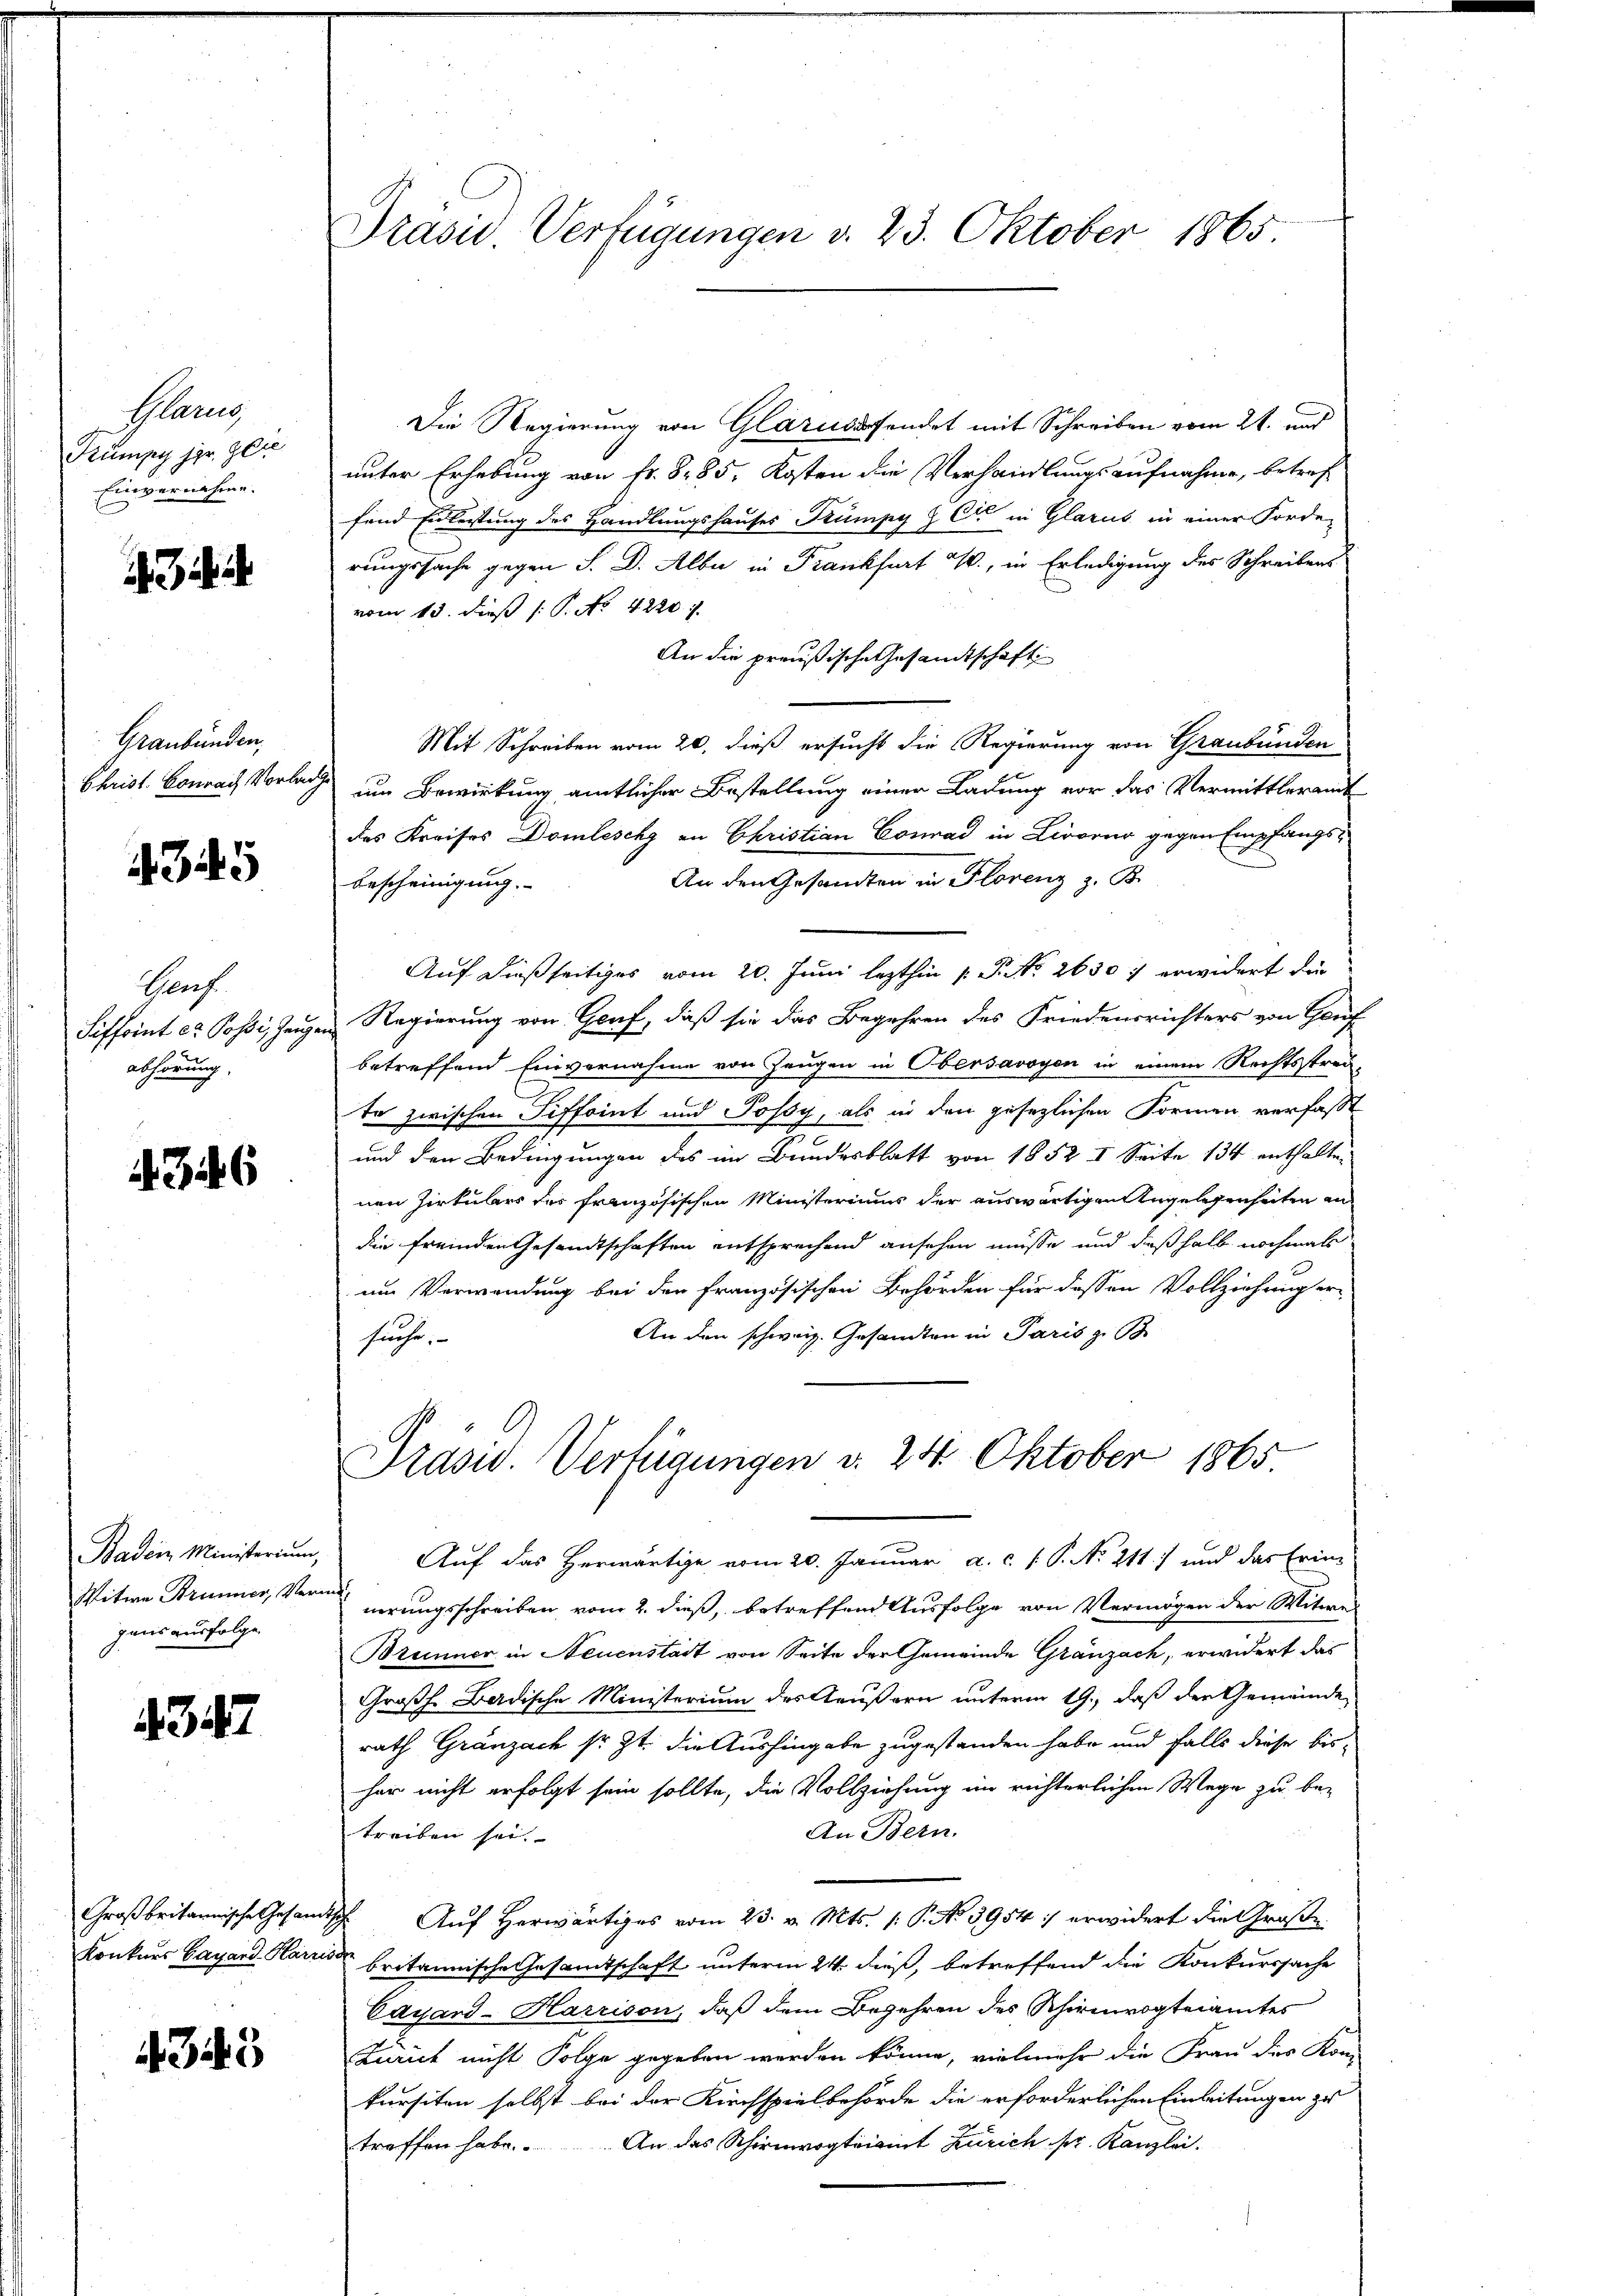
Blarg
Kumpy her. Glie
Einvernehme.

Graubünden,
Christ. Conrad Vorlad

4345

Genf.
Siffoint er Possi, Zeuge
abhörung.

4346

Badein Ministerium,
gans ausfolge

4347

Konkurs Cagand Harzn

4345

Präsid. Verfügungen d. 23. Oktober 1865

Die Regierung von Glarusendet mit Schreiben vom 21. und
unter Erhebung von fr. 885. Kosten die Verhandlungsaufnahme, betref
fend Erleistung des Handlungshauses Trümpy & Cie in Glarus in einer Forderungssache gegen S. D. Alber in Frankfurt W., in Erledigung des Schreibens
vom 15. dieß P. Nr. 4220.
An die preußische Gesandtschaft
Mit Schreiben vom 20. dieß ersucht die Regierung von Graubünden
um Bewirkung amtlicher Bestellung einer Ladung vor das Vermittleramt
des Kreises Domleschy an Christian Conrad in Livorno gegen Empfangs-
An den Gesandten in Florenz z. B.
bescheinigung.
Auf dießseitiges vom 20. Juni lezthin 1 S. 2630 f erwidert die
Regierung von Genf, daß sie das Begehren des Friedensrichters von Gruf
betreffend Einvernahme von Zeugen in Obersavoyen in einem Rechtsstrau-
te zwischen Siffoint und Possy, als in den gesezlichen Formen verfasst
und den Bedingungen des im Bundesblatt von 1852 t Seite 134 enthalten
nen Zirkulars der französischen Ministeriums der auswärtigen Angelegenheiten an
die fremden Gesandtschaften entsprechend ansehen müsse, und deßhalb nochmals
um Verwendung bei den französischen Behörden für dessen Vollziehung er-
An den schweiz. Gesamten in Paris z. B.
fuche,
Präsid. Verfügungen d. 24. Oktober 1865.
Auf das Herwärtige vom 20. Januar a. c. 1 P. No. 211.) und das Erin-
Witwe Brunner, Veran gerungsschreiben vom 2. dieß, betreffend Ausfolge von Vermögen der Mitwe
Brunner in Neuenstadt von Seite der Gemeinde Gränzach, erwidert das
Großh. Badische Ministerium des Aeußern unterm 19. daß der Gemeinde
rath Gränzach sr. Zt. die Aushingabe zugestanden habe und falls diese bishar nicht erfolgt sein sollte, die Vollziehung im richterlichen Wege zu be-
An Bern.
treiben sei.
Großbritannische Gesandtsche Auf Herwärtiges vom 23. v. Mts. (: P. No 3954 :/ erwidert die Große
3 britannische Gesandtschaft unterm 24. dieß, betreffend die Konkurssache
Cayard-Harrison, daß dem Begehren des Schirmvogteiamtes
Zürich nicht Folge gegeben werden könne, vielmehr die Frau der Kom-
kursiten selbst bei der Kirchspielbehörde die erforderlichen Einleitungen zu
treffen habe. An das Schirmvogteirint Zürich pr. Kanzlei.